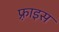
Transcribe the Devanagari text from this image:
फ़्राइस